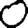
Digit: 0